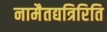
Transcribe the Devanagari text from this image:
नामैतद्यत्रिरिति